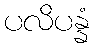
ပလိပန္နံ